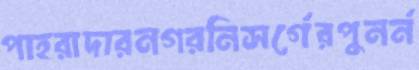
পাহরাদারনগরনিসর্গেরপুনর্ন